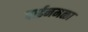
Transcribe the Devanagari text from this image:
पाईनमळा